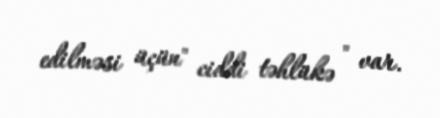
edilməsi üçün" ciddi təhlükə " var.